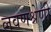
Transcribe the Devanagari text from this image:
लवणश्रेणी